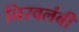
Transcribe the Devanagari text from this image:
निरवलंबी